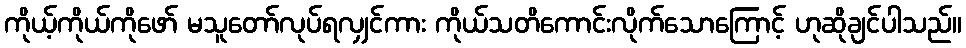
ကိုယ့်ကိုယ်ကိုဖော် မသူတော်လုပ်ရလျှင်ကား ကိုယ်သတိကောင်းလိုက်သောကြောင့် ဟုဆိုချင်ပါသည်။